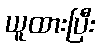
ယူထားပြီး